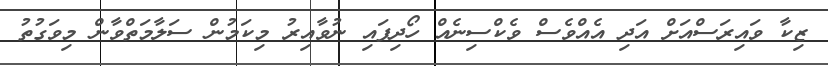
ޒިކާ ވައިރަސްއަށް އަދި އެއްވެސް ވެކްސިނެއް ހޯދިފައި ނުވާއިރު މިކަމުން ސަލާމަތްވާން މިވަގުތު